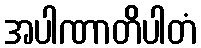
အပါဏာတိပါတံ